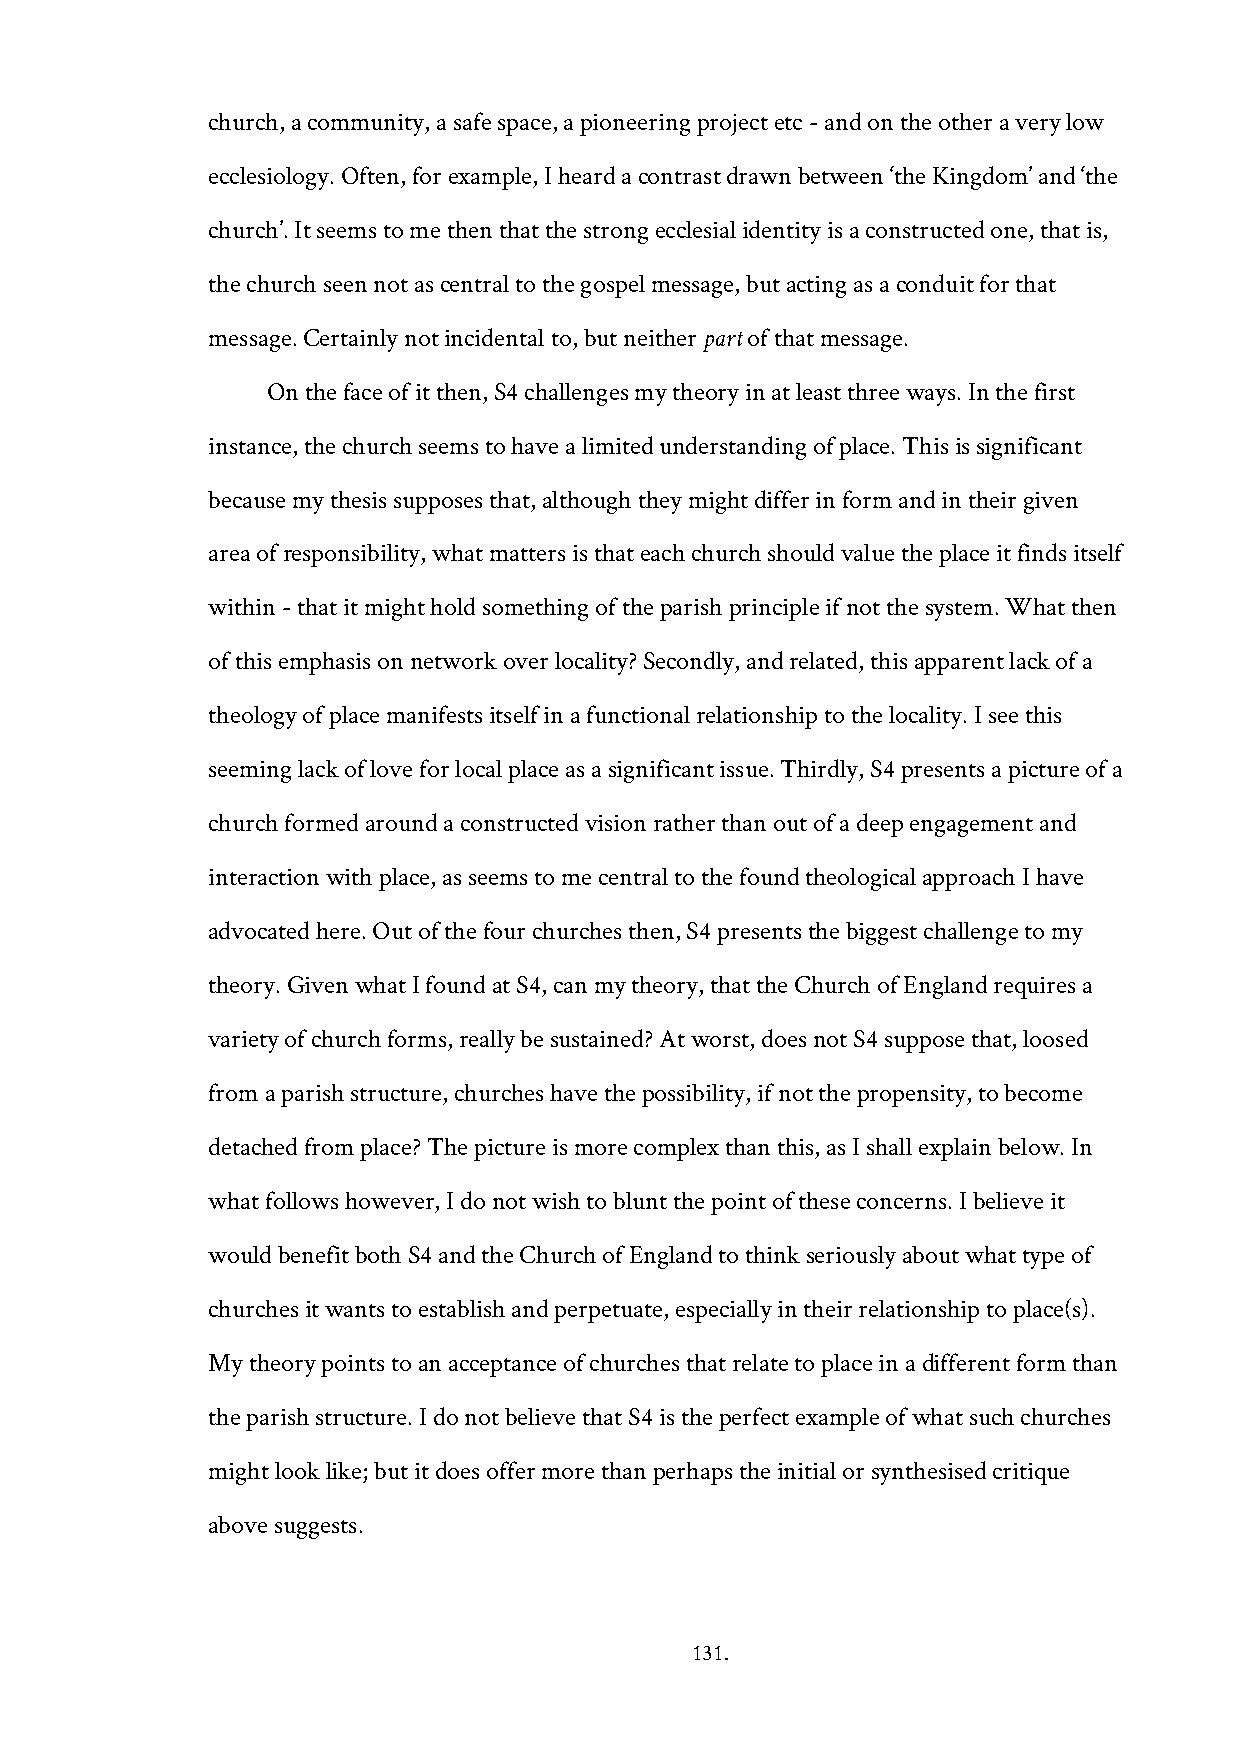
church, a community, a safe space, a pioneering project etc - and on the other a very low
 ecclesiology. Often, for example, I heard a contrast drawn between ‘the Kingdom’ and ‘the
 church’. It seems to me then that the strong ecclesial identity is a constructed one, that is,
 the church seen not as central to the gospel message, but acting as a conduit for that
 message. Certainly not incidental to, but neither part of that message.
 On the face of it then, S4 challenges my theory in at least three ways. In the first
 instance, the church seems to have a limited understanding of place. This is significant
 because my thesis supposes that, although they might differ in form and in their given
 area of responsibility, what matters is that each church should value the place it finds itself
 within - that it might hold something of the parish principle if not the system. What then
 of this emphasis on network over locality? Secondly, and related, this apparent lack of a
 theology of place manifests itself in a functional relationship to the locality. I see this
 seeming lack of love for local place as a significant issue. Thirdly, S4 presents a picture of a
 church formed around a constructed vision rather than out of a deep engagement and
 interaction with place, as seems to me central to the found theological approach I have
 advocated here. Out of the four churches then, S4 presents the biggest challenge to my
 theory. Given what I found at S4, can my theory, that the Church of England requires a
 variety of church forms, really be sustained? At worst, does not S4 suppose that, loosed
 from a parish structure, churches have the possibility, if not the propensity, to become
 detached from place? The picture is more complex than this, as I shall explain below. In
 what follows however, I do not wish to blunt the point of these concerns. I believe it
 would benefit both S4 and the Church of England to think seriously about what type of
 churches it wants to establish and perpetuate, especially in their relationship to place(s).
 My theory points to an acceptance of churches that relate to place in a different form than
 the parish structure. I do not believe that S4 is the perfect example of what such churches
 might look like; but it does offer more than perhaps the initial or synthesised critique
 above suggests.
 131.